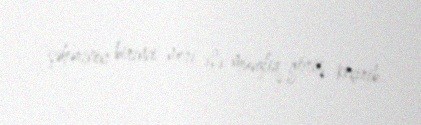
şəhərinin birinci meri ilə müvafiq görüş keçirib.